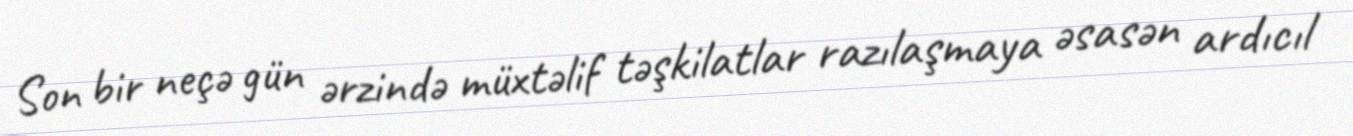
Son bir neçə gün ərzində müxtəlif təşkilatlar razılaşmaya əsasən ardıcıl